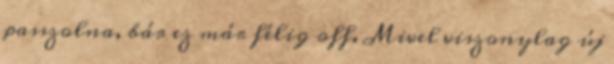
passzolna, bár ez már félig off. Mivel viszonylag új